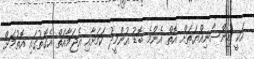
އަކީ އިންސާނިއްޔަތަށް އޮތް އެންމެ ބޮޑު އުންމީދު ކަމަށާއި އެޖަމާއަތް އެގޮތުގައި އޮތުމަށް